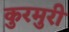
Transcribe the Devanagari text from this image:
कुरमुरी